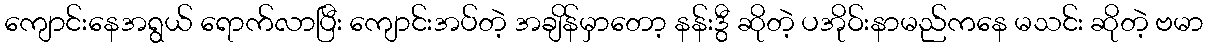
ကျောင်းနေအရွယ် ရောက်လာပြီး ကျောင်းအပ်တဲ့ အချိန်မှာတော့ နန်းဒွီ ဆိုတဲ့ ပအိုဝ်းနာမည်ကနေ မသင်း ဆိုတဲ့ ဗမာ